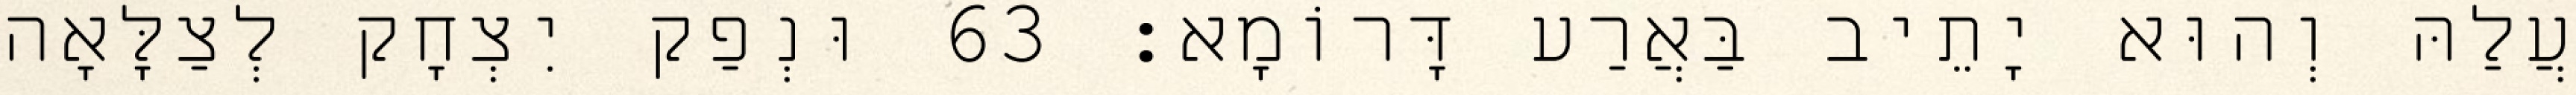
עֲלַהּ וְהוּא יָתֵיב בַּאֲרַע דָּרוֹמָא׃ 63 וּנְפַק יִצְחָק לְצַלָּאָה